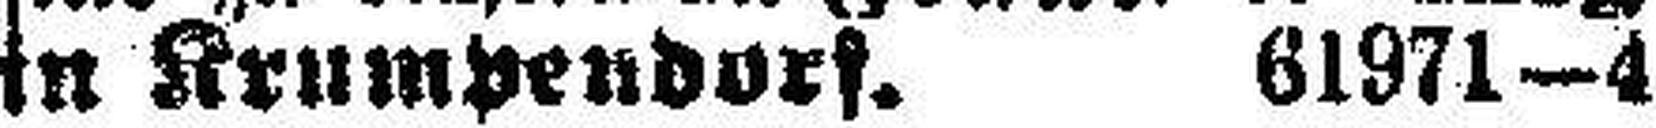
in Krumpendorf. 61971—4